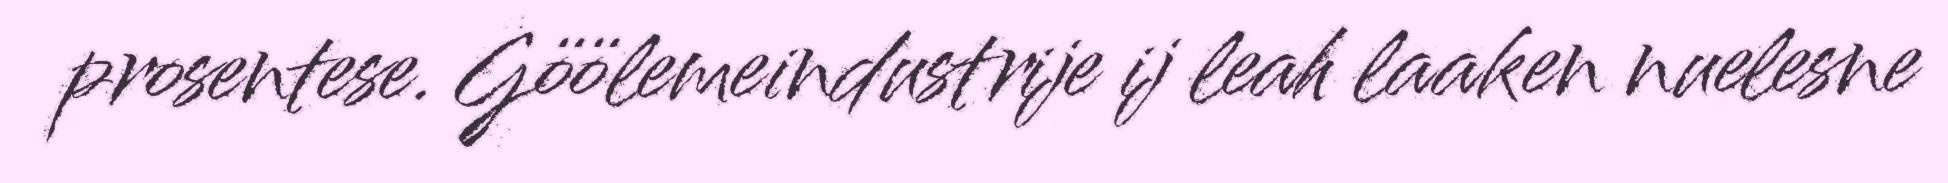
prosentese. Göölemeindustrije ij leah laaken nuelesne